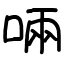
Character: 啢